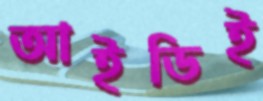
আইডিই